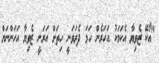
"އޯކޭ ޒެވިޔާ އެކަމަކު އަހަރެން ހަމަ ދެރަވަނީ ހިތަށް އަރަނީ ޒެވިޔާ އަހަންނަށް